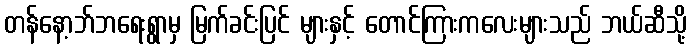
တန်နော့ဘ်ဘရေးရွာမှ မြက်ခင်းပြင် များနှင့် တောင်ကြားကလေးများသည် ဘယ်ဆီသို့